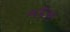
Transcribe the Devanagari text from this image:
०८६५१